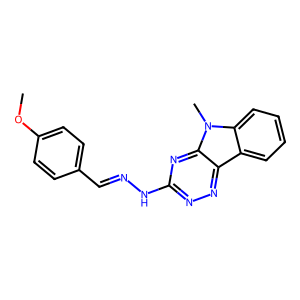
SMILES: COc1ccc(C=NNc2nnc3c4ccccc4n(C)c3n2)cc1
Inhibits HIV replication: No